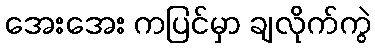
အေးအေး ကပြင်မှာ ချလိုက်ကွဲ